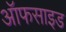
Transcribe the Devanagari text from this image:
ऑफसाइड